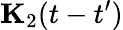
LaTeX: \mathbf{{K}}_{2}(t-t^{\prime})